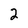
Character: 2